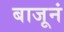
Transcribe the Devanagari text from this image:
बाजूनं